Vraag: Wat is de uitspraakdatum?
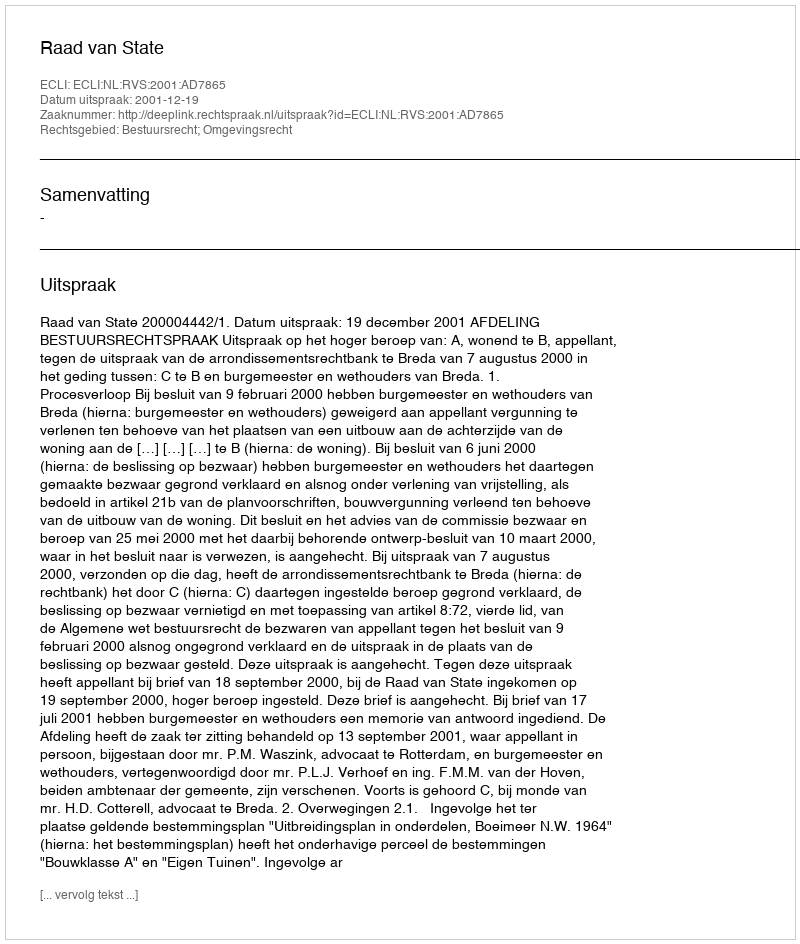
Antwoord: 2001-12-19